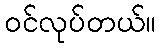
ဝင်လုပ်တယ်။